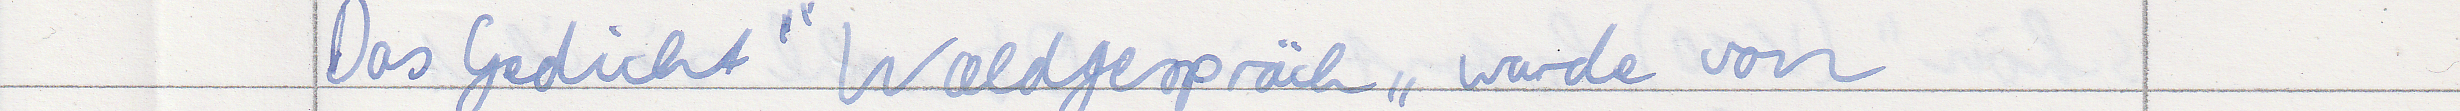
Das Gedicht "Waldgespräch" wurde von